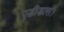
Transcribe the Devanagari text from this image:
एडीडास।